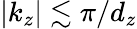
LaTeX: |k_{z}|\lesssim\pi/d_{z}